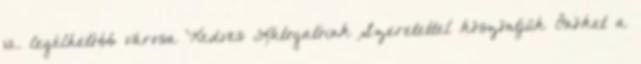
12. legélhetőbb városa Kedves Látogatóink Szeretettel köszöntjük Önöket a